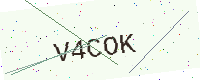
Text: V4COK